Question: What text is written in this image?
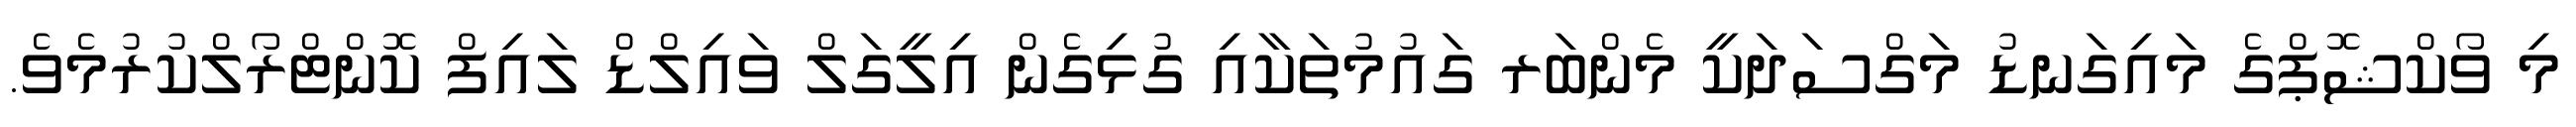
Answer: މި ވޯކްޝޮޕްގެ މައިގަނޑު މަގްސަދަކީ މެންބަރ ގައުމުތަކާއި ގުޅިގެން އިލީގަލް ވައިލްޑް ލައިފް ކޮންޓްރޯލްކުރުމެވެ.